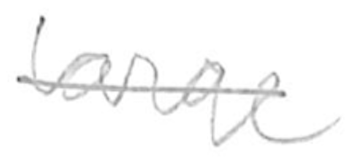
Text: large
Cross-out: single-line
Writing tool: pencil